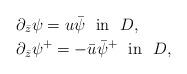
LaTeX: \begin{align*}&\partial_{\bar z} \psi = u \bar \psi \ \ \mbox{in} \ \ D,\\&\partial_{\bar z} \psi^+ = -\bar u \bar \psi^+ \ \ \mbox{in} \ \ D,\end{align*}